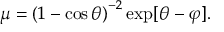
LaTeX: \mu = \left( 1 - \cos \theta \right) ^ { - 2 } \exp [ \theta - \varphi ] .